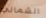
الشمالي